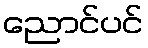
ညောင်ပင်